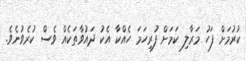
ކުރުމަށް ފަހު މަރާލި ކަމަށް ފުރިހަމަ ހެއްކާ އެކު ދައުވާތަކެއް ވެސް ކުރެވުނެވެ.